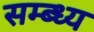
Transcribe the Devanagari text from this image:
सम्ब्ध्य